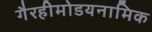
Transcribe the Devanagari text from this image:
गैरहीमोडयनामिक